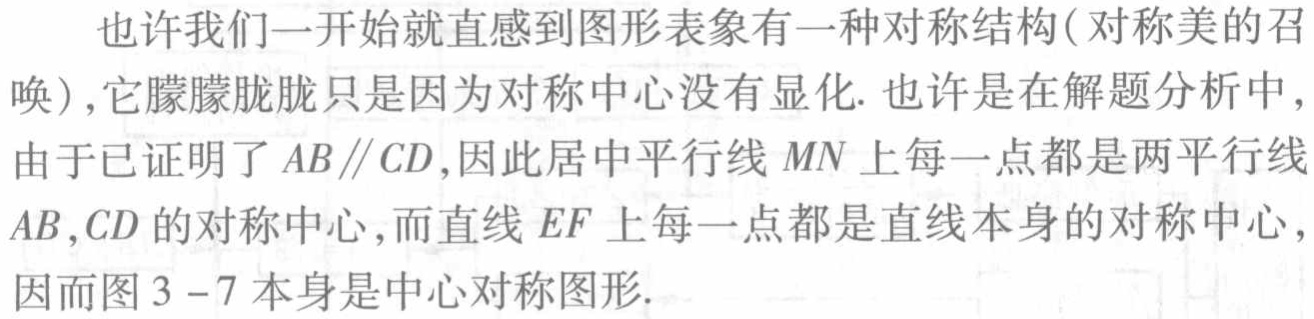
也许我们一开始就直感到图形表象有一种对称结构(对称美的召唤),它朦朦胧胧只是因为对称中心没有显化. 也许是在解题分析中,由于已证明了 \(AB\parallel CD\),因此居中平行线 \(MN\) 上每一点都是两平行线 \(AB,CD\) 的对称中心,而直线 \(EF\) 上每一点都是直线本身的对称中心,因而图 3 - 7 本身是中心对称图形.